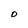
Character: 0